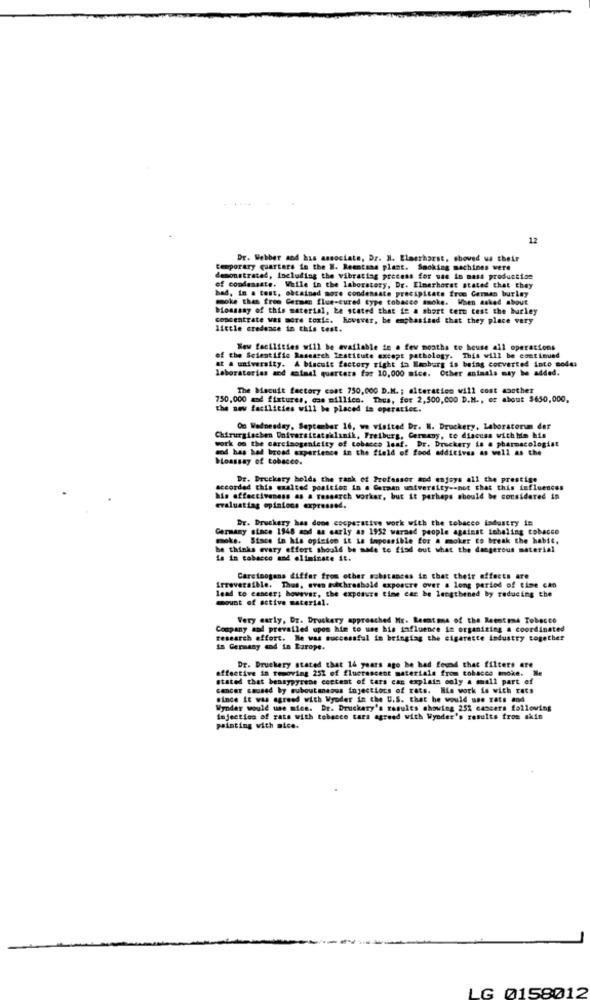
12
Dr. Webber and has associate, Dr. H. Elaerhorst, shoved ua their
temporary quarters in the #. Reentsas plant. Smoking machines were
demonstrated, including the vibrating process for use in mass production
of condensate. While in the laboratory, Dr. Elmarhorst stated that they
had, in a test, obtained more condensate precipitate from German burley
moke the free Gersen flue-cured type tobacco smoke. When asked about
bioassay of this material, be stated that ie a short term test the burley
concentrate was more toxie. however, be emphasisad that they place very
little credence in this test.
New facilities will be available in a few months to house all operations
at a university. A biscuit factory right in Hamburg is being converted into mode:
of the Scientific Research Institute except pathology. This will be continued
laboratorios and animal quarters far 10,000 mice. Other animals may be added.
The Mecuit factory cost 750,000 D.M. ; alteration will cost saother
750,000 and fixtures, das millico. Thus, for 2,500,000 D.M ., or about $650,000,
the new facilities will be placed in operatiec.
On Wednesday, September 16, we visited Dr. N. Druckery, Laboratorum der
work on the carcinogenicity of tobacco lesf. Dr. Druckery is a pharmacologist
Chirurgischen Universitatsklanik, Freiburg, Germany, to discuss with him his
wod has had broad experience in the field of food additives as well as the
boassay of tobacco.
Dr. Druckary holds the rank of Professor and enjoys all the prestige
accorded this exalted position in a Garaan wotversity -- not that this influences
his affaccivaness as & research worker, but it perhaps should be considered in
evaluating opinions expressed.
Dr. Druckery has doos cooperative work with the tobacco industry in
Germany since 1948 and as early as 1952 warned people against inhaling tobacco
maks. Siace in his opinion it is impossible for a moker co break the habit,
he thinks evary offert should be made to find out what the dangerous material
La in tobacco and eliminate it.
Caretoogans differ from other substances in that their effects are
Irreversible. Thus, even Ifthreshold exposure over a long period of time can
mount of active material.
lead to cancer; however, the exposure time car be lengthened by reducing the
Very early, Dr. Druckery approached Mr. Rematma of the Reentema Tobacco
Company and prevailed upon him to use his influence in organizing a coordinated
research effort. Ne was successful in bringing the cigarette industry together
in Germany and in Europe.
effective in removing 251 of fluorescent materials from tobacco smoke. Me
Dr. Druckery stated that 14 years ago he had found that filters are
stated that bennypyrene content of tars cac explain only a mall part of
cancer caused by suboutmenos injections of rats. His work is with rats
since it was agreed with Wyoder in the U.S. that he would use rats and
Wynder would use mice. Dr. Druckary's results showing 251 cancers following
Injection of rats with tobacco tars agreed with Wynder's results from skin
painting with nice.
LG 0158012